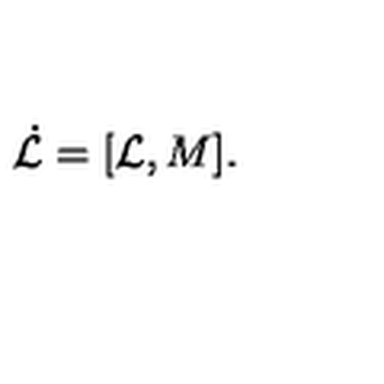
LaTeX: \dot { { \cal L } } = [ { \cal L } , M ] .